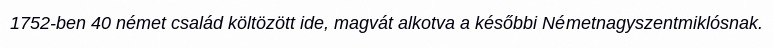
1752-ben 40 német család költözött ide, magvát alkotva a későbbi Németnagyszentmiklósnak.